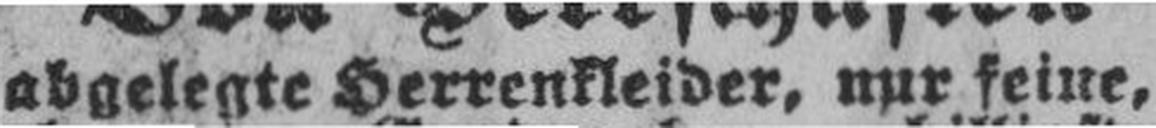
abgelegte Herrenkleider, nur feine,